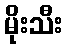
မိုးသီး